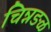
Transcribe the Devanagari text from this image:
चिन्नङळ